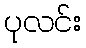
ပုလင်း